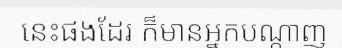
នេះផងដែរ ក៏មានអ្នកបណ្តាញ